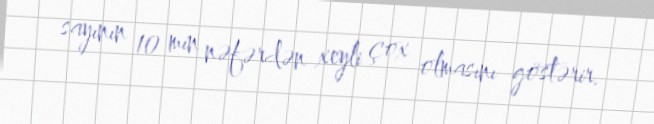
sayının 10 min nəfərdən xeyli çox olmasını göstərir.